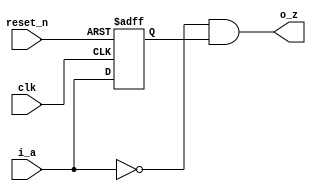
//------------------------------------------------------------------------------
//  http://github.com/gulakim/cory
//  
//------------------------------------------------------------------------------
`ifndef CORY_NEGEDGE
    `define CORY_NEGEDGE

//------------------------------------------------------------------------------
//  falling edge detect -> 1shot generator
//------------------------------------------------------------------------------
module cory_negedge (
    input           clk,
    input           i_a,
    output          o_z,
    input           reset_n
);

reg     i_a_1d;
always @(posedge clk or negedge reset_n)
    if (!reset_n)
        i_a_1d    <= 0;
    else
        i_a_1d    <= i_a;

assign  o_z     = !i_a & i_a_1d;

endmodule


`endif